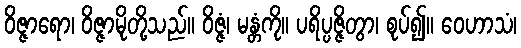
ဝိဇ္ဇာရော၊ ဝိဇ္ဇာမိုတို့သည်။ ဝိဇ္ဇံ၊ မန္တံကို။ ပရိပ္ပဇ္ဇိတွာ၊ စုပ်၍။ ဝေဟာသံ၊